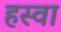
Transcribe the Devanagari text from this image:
हस्वा